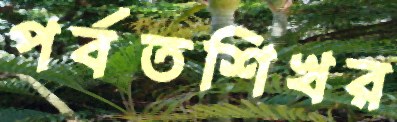
পর্বতশিখর